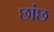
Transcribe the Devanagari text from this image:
छांछ